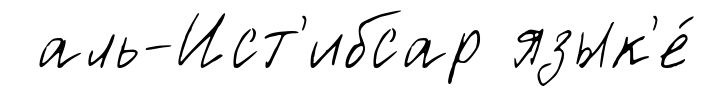
аль-Ист'ибсар язык'е́